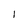
Character: l